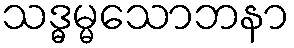
သဒ္ဓမ္မသောဘနာ